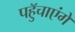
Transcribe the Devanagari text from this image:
पहुॅचाएंगे